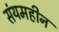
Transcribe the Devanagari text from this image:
संयमहीन